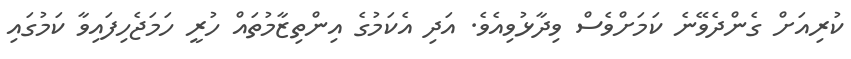
ކުރިއަށް ގެންދެވޭނެ ކަމަށްވެސް ވިދާޅުވިއެވެ. އަދި އެކަމުގެ އިންތިޒާމުތައް ހުރީ ހަމަޖެހިފައިވާ ކަމުގައި